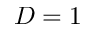
D = 1